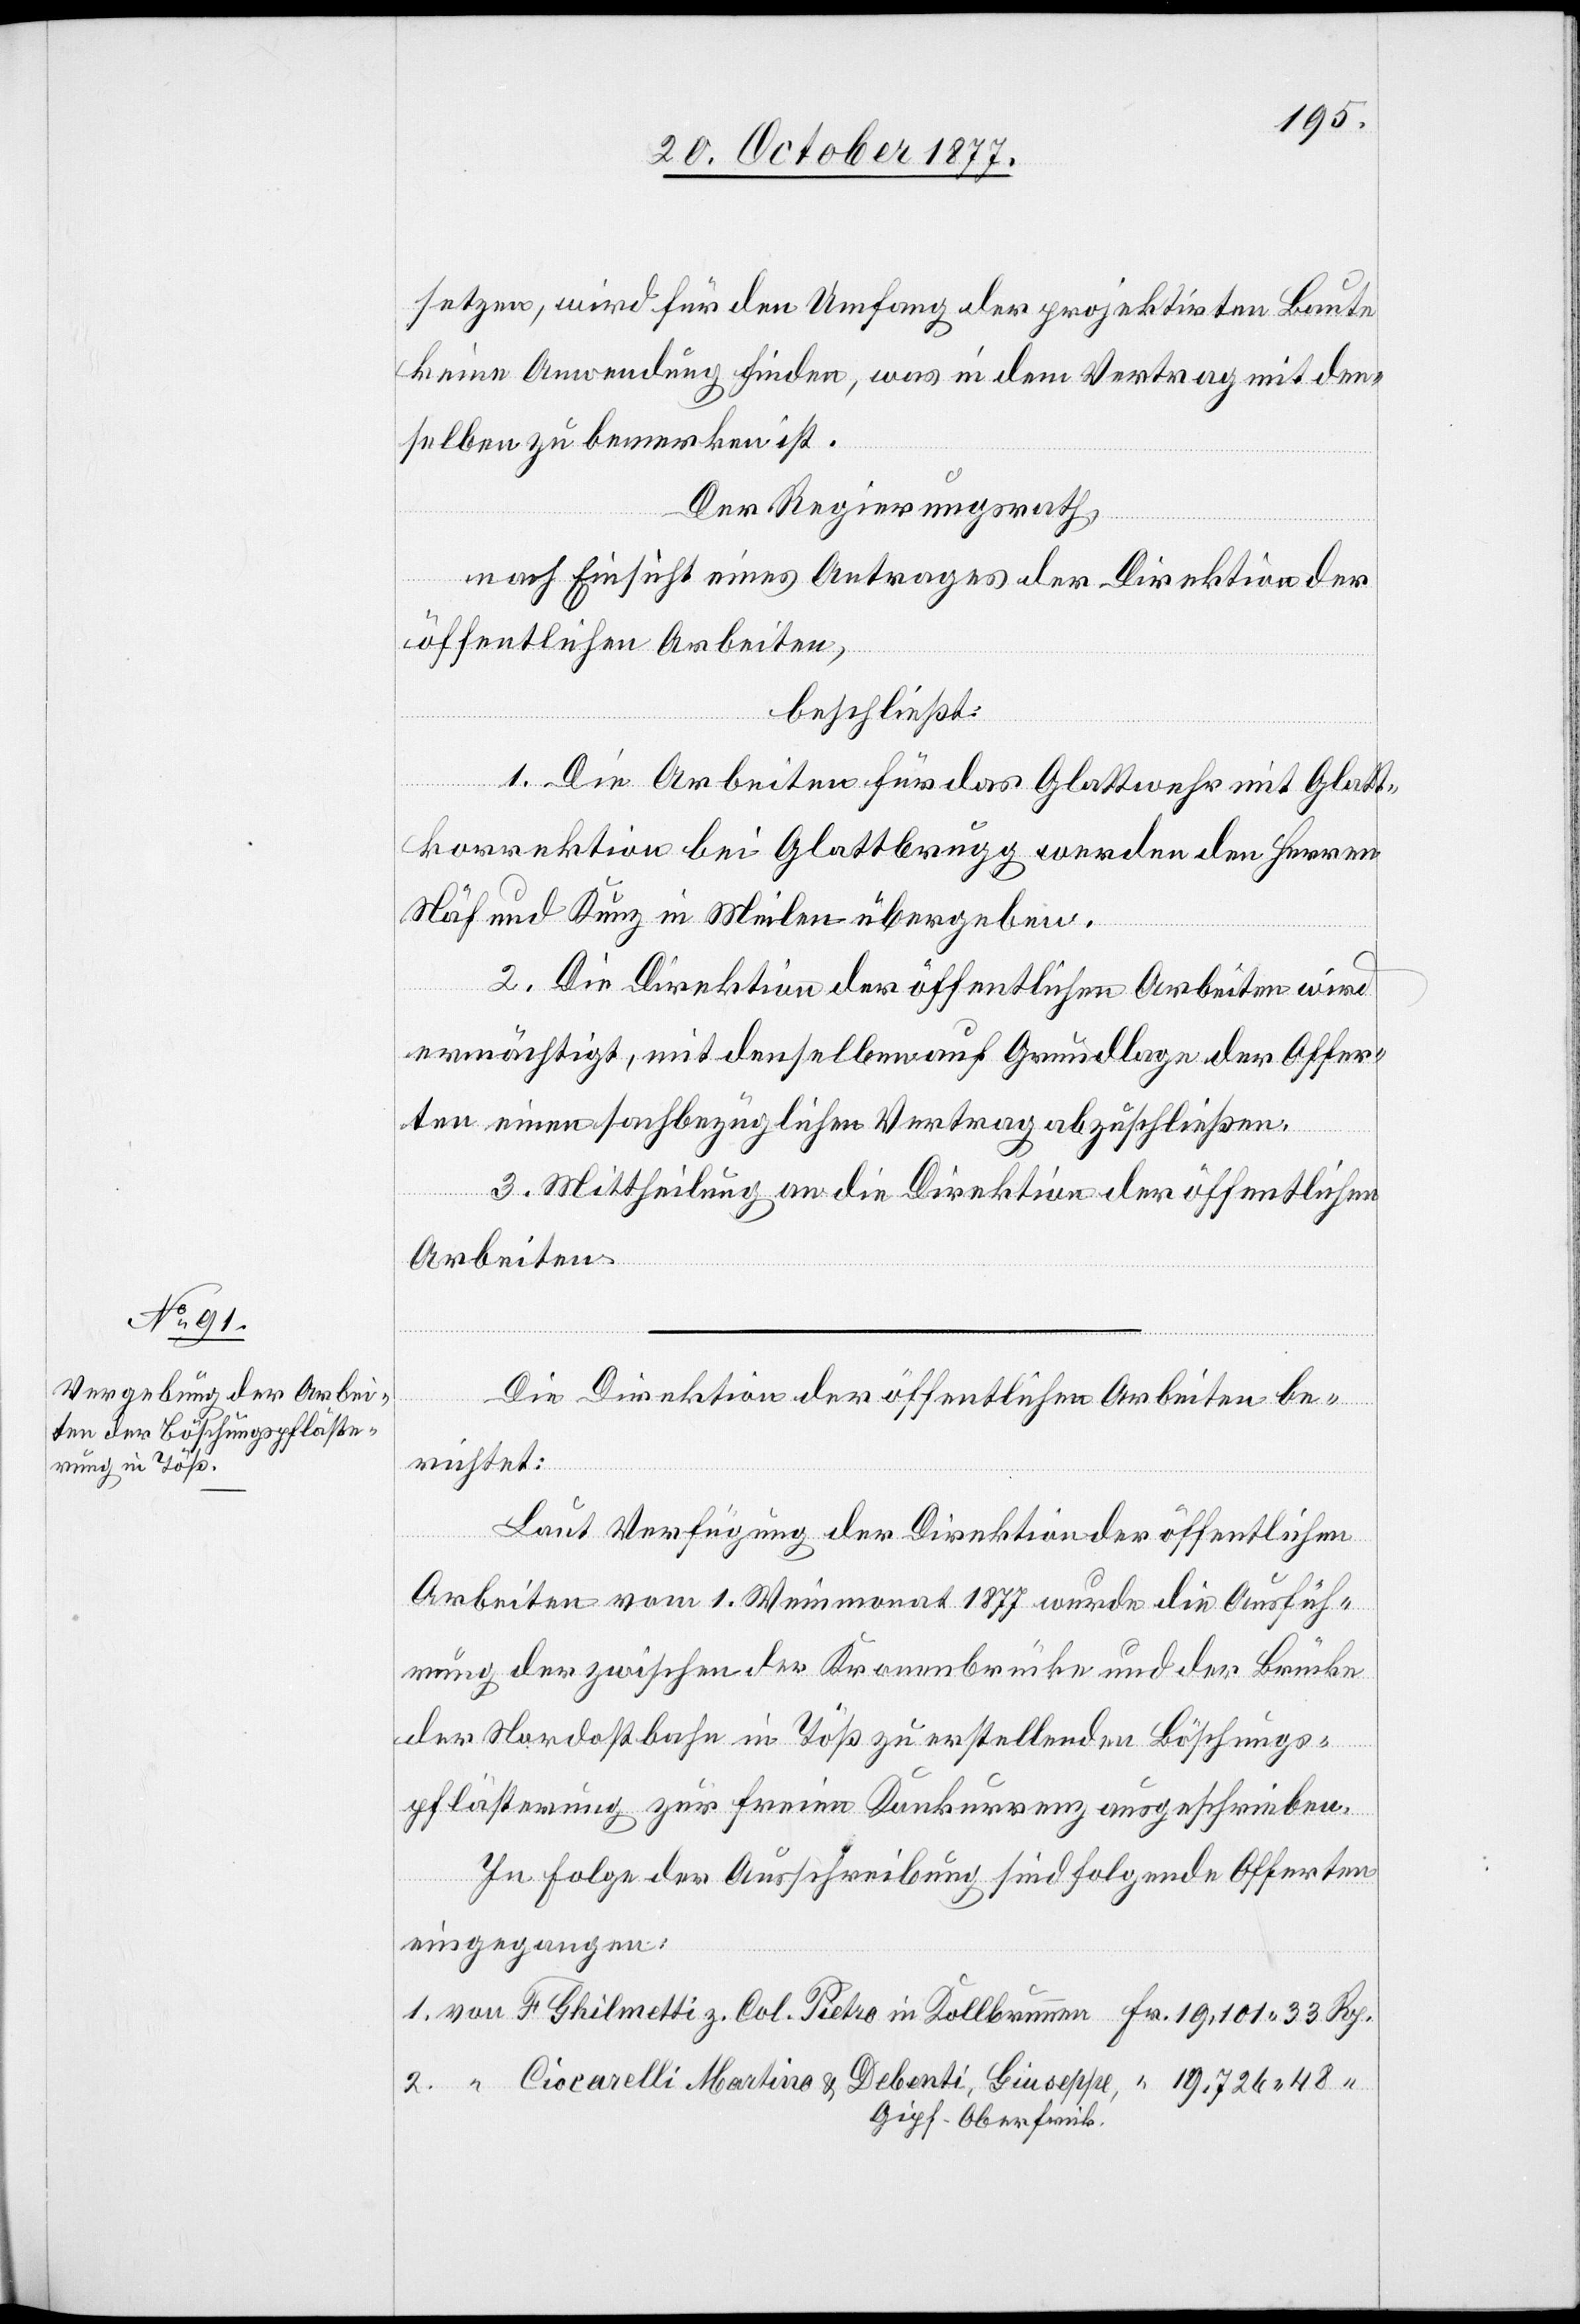
setzen, wird für den Umfang der projektirten Baute
keine Anwendung finden, was in dem Vertrag mit den¬
2.
selben zu bemerken ist.
Der Regierungsrath,
nach Einsicht eines Antrages der Direktion der
öffentlichen Arbeiten,
beschließt:
“
1. Die Arbeiten für das Glattwehr mit Glatt¬
korrektion bei Glattbrugg werden den Herren
Näf und Kunz in Meilen übergeben.
2. Die Direktion der öffentlichen Arbeiten wird
ermächtigt, mit denselben auf Grundlage der Offer¬
ten einen sachbezüglichen Vertrag abzuschließen.
3. Mittheilung an die Direktion der öffentlichen
Arbeiten.
Die Direktion der öffentlichen Arbeiten be¬
richtet:
in
Laut Verfügung der Direktion der öffentlichen
Arbeiten vom 1. Weinmonat 1877 wurde die Ausfüh¬
rung der zwischen der Kronenbrücke und der Brücke
der Nordostbahn in Töß zu erstellenden Böschungs¬
pflästerung zur freien Konkurrenz ausgeschrieben.
In Folge der Ausschreibung sind folgende Offerten
eingegangen:
Gipf-Oberfrick.